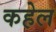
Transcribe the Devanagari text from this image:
कहेल